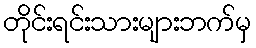
တိုင်းရင်းသားများဘက်မှ